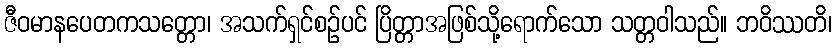
ဇီဝမာနပေတကသတ္တော၊ အသက်ရှင်စဉ်ပင် ပြိတ္တာအဖြစ်သို့ရောက်သော သတ္တဝါသည်။ ဘဝိဿတိ၊